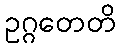
ဥဂ္ဂတေတိ